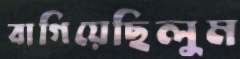
বাগিয়েছিলুম